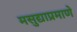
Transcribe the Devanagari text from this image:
मसुद्याप्रमाणे